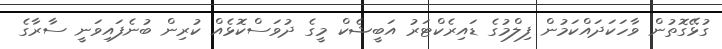
ގުޅޭގޮތުން ވާހަކަދައްކަމުން ފިލްމުގެ ޑައިރެކްޓަރު އަބީޝެކް މީގެ ދުވަސްކޮޅެއް ކުރިން ބުނެފައިވަނީ ސާރާގެ